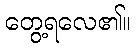
တွေ့ရလေ၏။